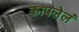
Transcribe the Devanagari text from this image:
कापलेलं